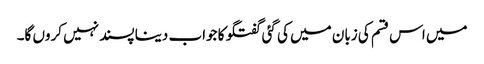
میں اس قسم کی زبان میں کی گئی گفتگو کا جواب دینا پسند نہیں کروں گا۔